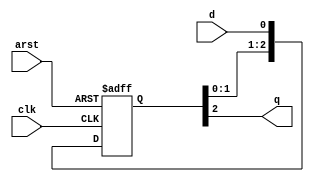
module hbmc_bit_sync #
(
    parameter integer C_SYNC_STAGES = 3,
    parameter         C_RESET_STATE = 1'b0
)
(
    input   wire    arst,
    input   wire    clk,
    input   wire    d,
    output  wire    q
);

    (* shreg_extract = "no", ASYNC_REG = "TRUE" *)  reg [C_SYNC_STAGES - 1:0] d_sync;
    
    
    always @(posedge clk or posedge arst) begin
        if (arst) begin
            d_sync <= {C_SYNC_STAGES{C_RESET_STATE}};
        end else begin
            d_sync <= {d_sync[C_SYNC_STAGES - 2:0], d};
        end 
    end
    
    
    assign q = d_sync[C_SYNC_STAGES - 1];
    
endmodule